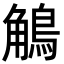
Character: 鵤